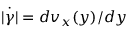
\dot { | \gamma | } = d v _ { x } ( y ) / d y